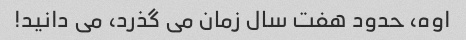
اوه، حدود هفت سال زمان می گذرد، می دانید!